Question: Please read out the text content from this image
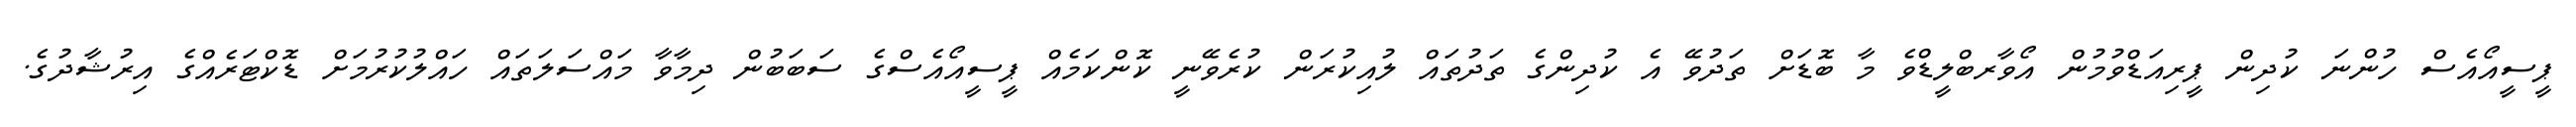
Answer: ޕީސީއޯއެސް ހުންނަ ކުދިން ޕީރިއަޑްވުމުން އޯވާރބްލީޑްވެ މާ ބޮޑަށް ތަދުވޭ އެ ކުދިންގެ ތަދުތައް ލުއިކުރަން ކުރެވޭނީ ކޮންކަމެއް ޕީސީއޯއެސްގެ ސަބަބުން ދިމާވާ މައްސަލަތައް ހައްލުކުރުމަށް ޑޮކްޓަރެއްގެ އިރުޝާދުގެ.